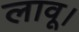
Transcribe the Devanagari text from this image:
लावू।